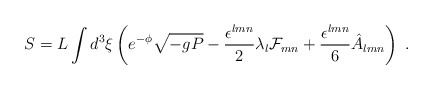
\begin{align*}S = L \int d^3 \xi \left( e^{- \phi} \sqrt{- g P} - \frac{\epsilon^{l m n}}{2} \lambda_l {\cal F}_{m n} + \frac{\epsilon^{l m n}}{6} \hat A_{l m n} \right) \; .\end{align*}